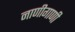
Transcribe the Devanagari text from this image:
नाणीगाणी